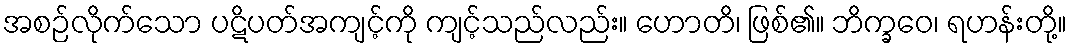
အစဉ်လိုက်သော ပဋိပတ်အကျင့်ကို ကျင့်သည်လည်း။ ဟောတိ၊ ဖြစ်၏။ ဘိက္ခဝေ၊ ရဟန်းတို့။